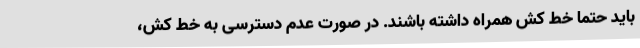
باید حتماً خط کش همراه داشته باشند. در صورت عدم دسترسی به خط کش،